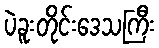
ပဲခူးတိုင်းဒေသကြီး